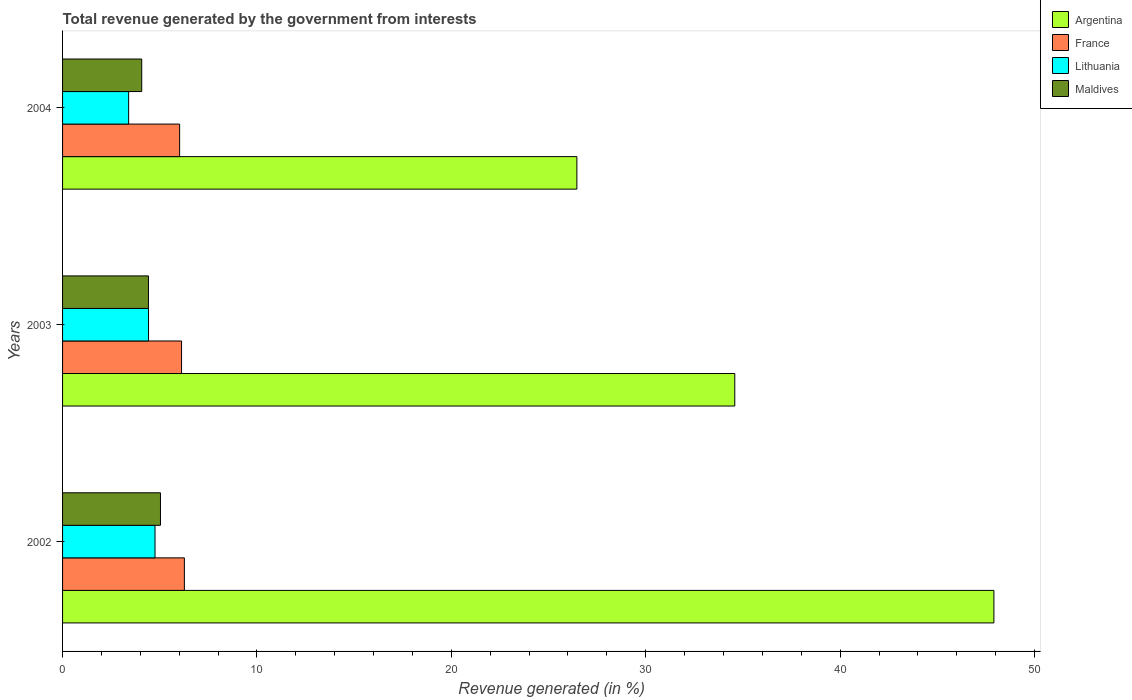
| Years | Argentina | France | Lithuania | Maldives |
 | --- | --- | --- | --- | --- |
 | 2002 | 47.9 | 6.27 | 4.76 | 5.04 |
 | 2003 | 34.6 | 6.12 | 4.42 | 4.42 |
 | 2004 | 26.5 | 6.02 | 3.4 | 4.07 |